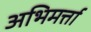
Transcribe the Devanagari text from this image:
अभिमर्त्ता